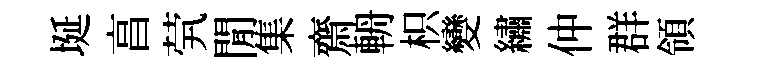
埏亯茕閒集齋輈枳變繡仲群領